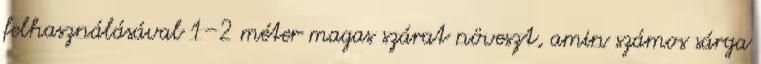
felhasználásával 1–2 méter magas szárat növeszt, amin számos sárga